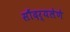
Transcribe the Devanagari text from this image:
सौंदर्यलेणे